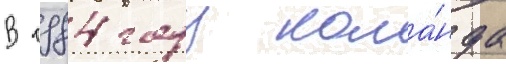
В 1984 году кома́нда